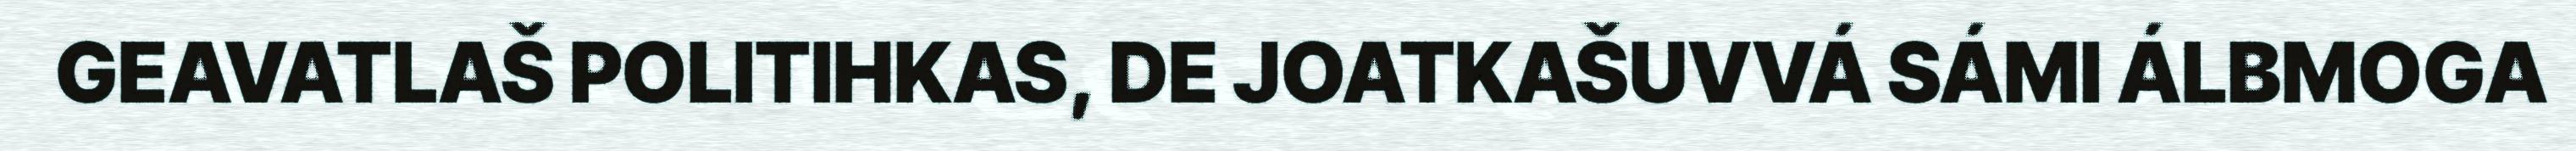
GEAVATLAŠ POLITIHKAS, DE JOATKAŠUVVÁ SÁMI ÁLBMOGA